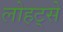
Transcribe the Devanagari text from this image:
लोहट्से